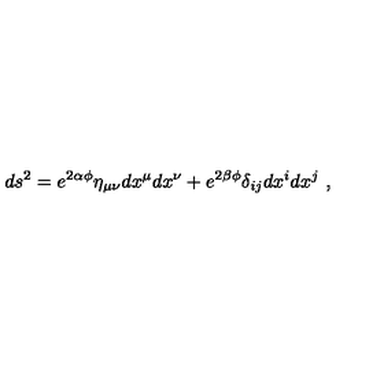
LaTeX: d s ^ { 2 } = e ^ { 2 \alpha \phi } \eta _ { \mu \nu } d x ^ { \mu } d x ^ { \nu } + e ^ { 2 \beta \phi } \delta _ { i j } d x ^ { i } d x ^ { j } \ ,